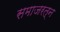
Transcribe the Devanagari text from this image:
समाजरत्न